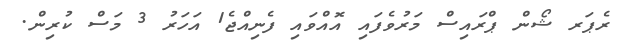
ރެޕަރ ޝޯން ޕްރައިސް މަރުވެފައި އޮއްވައި ފެނިއްޖެ1 އަހަރު 3 މަސް ކުރިން.